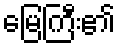
မြေကြီး၏